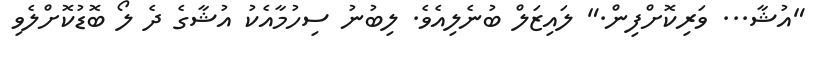
"އުޝާ... ވަރިކޮށްފިން." ލައިޒަލް ބުނެލިއެވެ. ލިބުނު ސިހުމާއެކު އުޝާގެ ދެ ލޯ ބޮޑުކޮށްލެވި